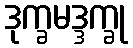
ဒုက္ခမဒ္ဒက္ခု